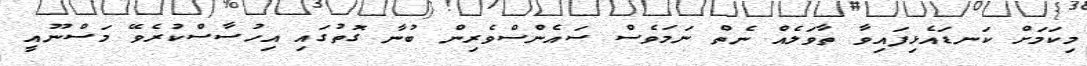
މިކަމަށް ކަނޑައެޅިފައިވާ ތާވަލެއް ނެތް ނަމަވެސް ސައެންސްވެރިން ބުނާ ގޮތުގައި އިހުސާސްކުރެވޭ މަސްނޫއީ